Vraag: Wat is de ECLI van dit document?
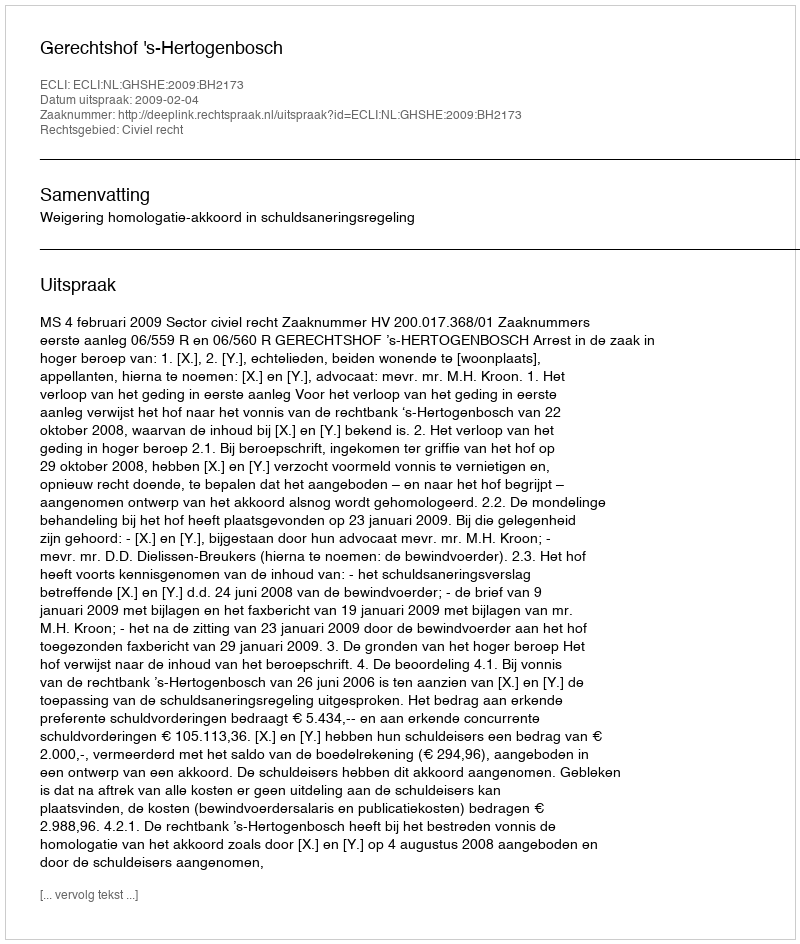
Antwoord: ECLI:NL:GHSHE:2009:BH2173